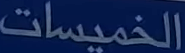
الخميسات